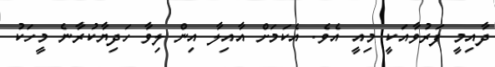
ދާއިމީ ފަރުވާއަކީ މިއީ އެވެ. އެކަމަށް އާއިލާ އިން ލިވާ ހަދިޔާކުރާނެ މީހަކު